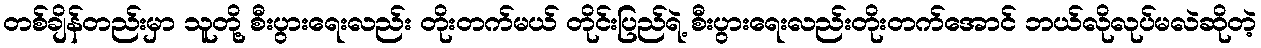
တစ်ချိန်တည်းမှာ သူတို့ စီးပွားရေးလည်း တိုးတက်မယ် တိုင်းပြည်ရဲ့ စီးပွားရေးလည်းတိုးတက်အောင် ဘယ်လိုလုပ်မလဲဆိုတဲ့